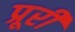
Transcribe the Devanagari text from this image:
प्रूरी